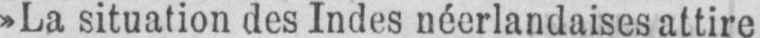
»La situation des Indes néerlandaises attire